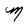
Character: M